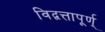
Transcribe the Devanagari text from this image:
विद्वत्तापूर्ण्‌